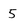
Character: 5